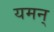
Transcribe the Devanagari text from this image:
यमन्